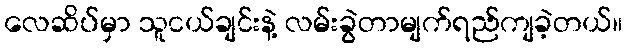
လေဆိပ်မှာ သူငယ်ချင်းနဲ့ လမ်းခွဲတာမျက်ရည်ကျခဲ့တယ်။